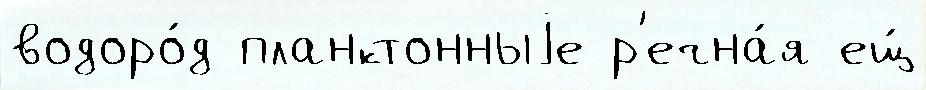
водоро́д планктонныjе р'ечна́я ещ́